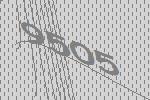
9505